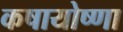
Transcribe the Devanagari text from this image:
कषायोष्णा